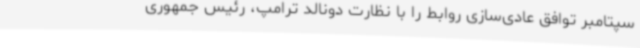
سپتامبر توافق عادی‌سازی روابط را با نظارت دونالد ترامپ، رئیس جمهوری